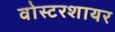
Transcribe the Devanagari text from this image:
वोस्टरशायर